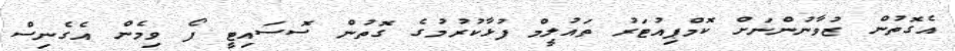
އެގޮތުން ޒުވާނުންނަށް ކޮމްޕިއުޓަރު ތައުލީމް ފުޅާކުރުމުގެ ގޮތުން ސޮސައިޓީ ފޯ ވިމެން އެގެނިސް